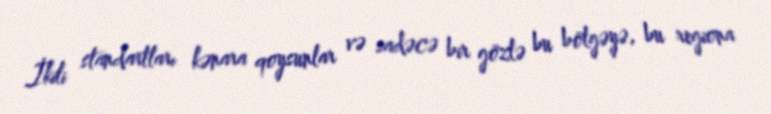
İkili standartları kənara qoysunlar və sadəcə bir gözlə bu bölgəyə, bu regiona